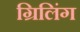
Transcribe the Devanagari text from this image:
ग्रिलिंग